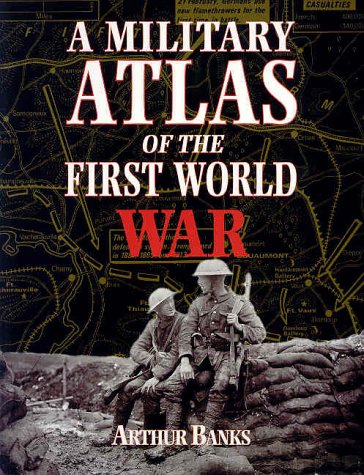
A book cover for A Military Atlas of the First World War; Arthur Banks; History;